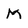
Character: M